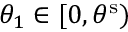
\theta _ { 1 } \in [ 0 , \theta ^ { \mathrm { s } } )